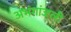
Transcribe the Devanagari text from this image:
अभंगांजली